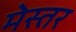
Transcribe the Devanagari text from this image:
मेस्तर